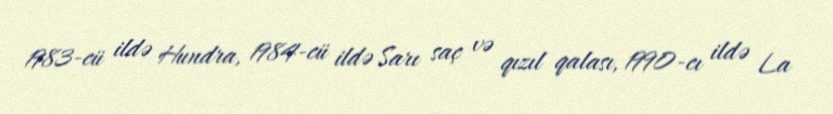
1983-cü ildə Hundra, 1984-cü ildə Sarı saç və qızıl qalası, 1990-cı ildə La